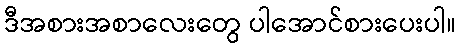
ဒီအစားအစာလေးတွေ ပါအောင်စားပေးပါ။